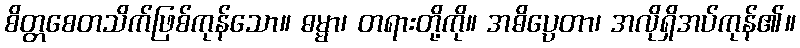
စိတ္တစေတသိက်ဖြစ်ကုန်သော။ ဓမ္မာ၊ တရားတို့ကို။ အဓိပ္ပေတာ၊ အလိုရှိအပ်ကုန်၏။